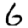
Digit: 6